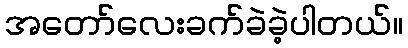
အတော်လေးခက်ခဲခဲ့ပါတယ်။